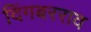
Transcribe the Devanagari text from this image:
दिंगबरराव